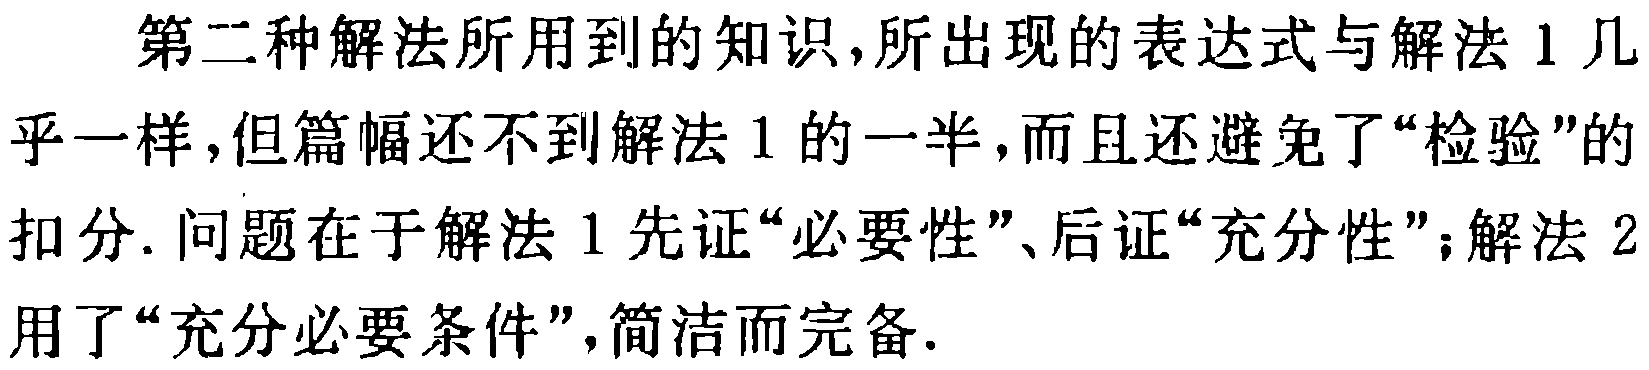
第二种解法所用到的知识,所出现的表达式与解法 1 几乎一样,但篇幅还不到解法 1 的一半,而且还避免了“检验”的扣分. 问题在于解法 1 先证“必要性”、后证“充分性”；解法 2 用了“充分必要条件”,简洁而完备.